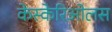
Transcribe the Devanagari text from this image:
केस्केरिओलस